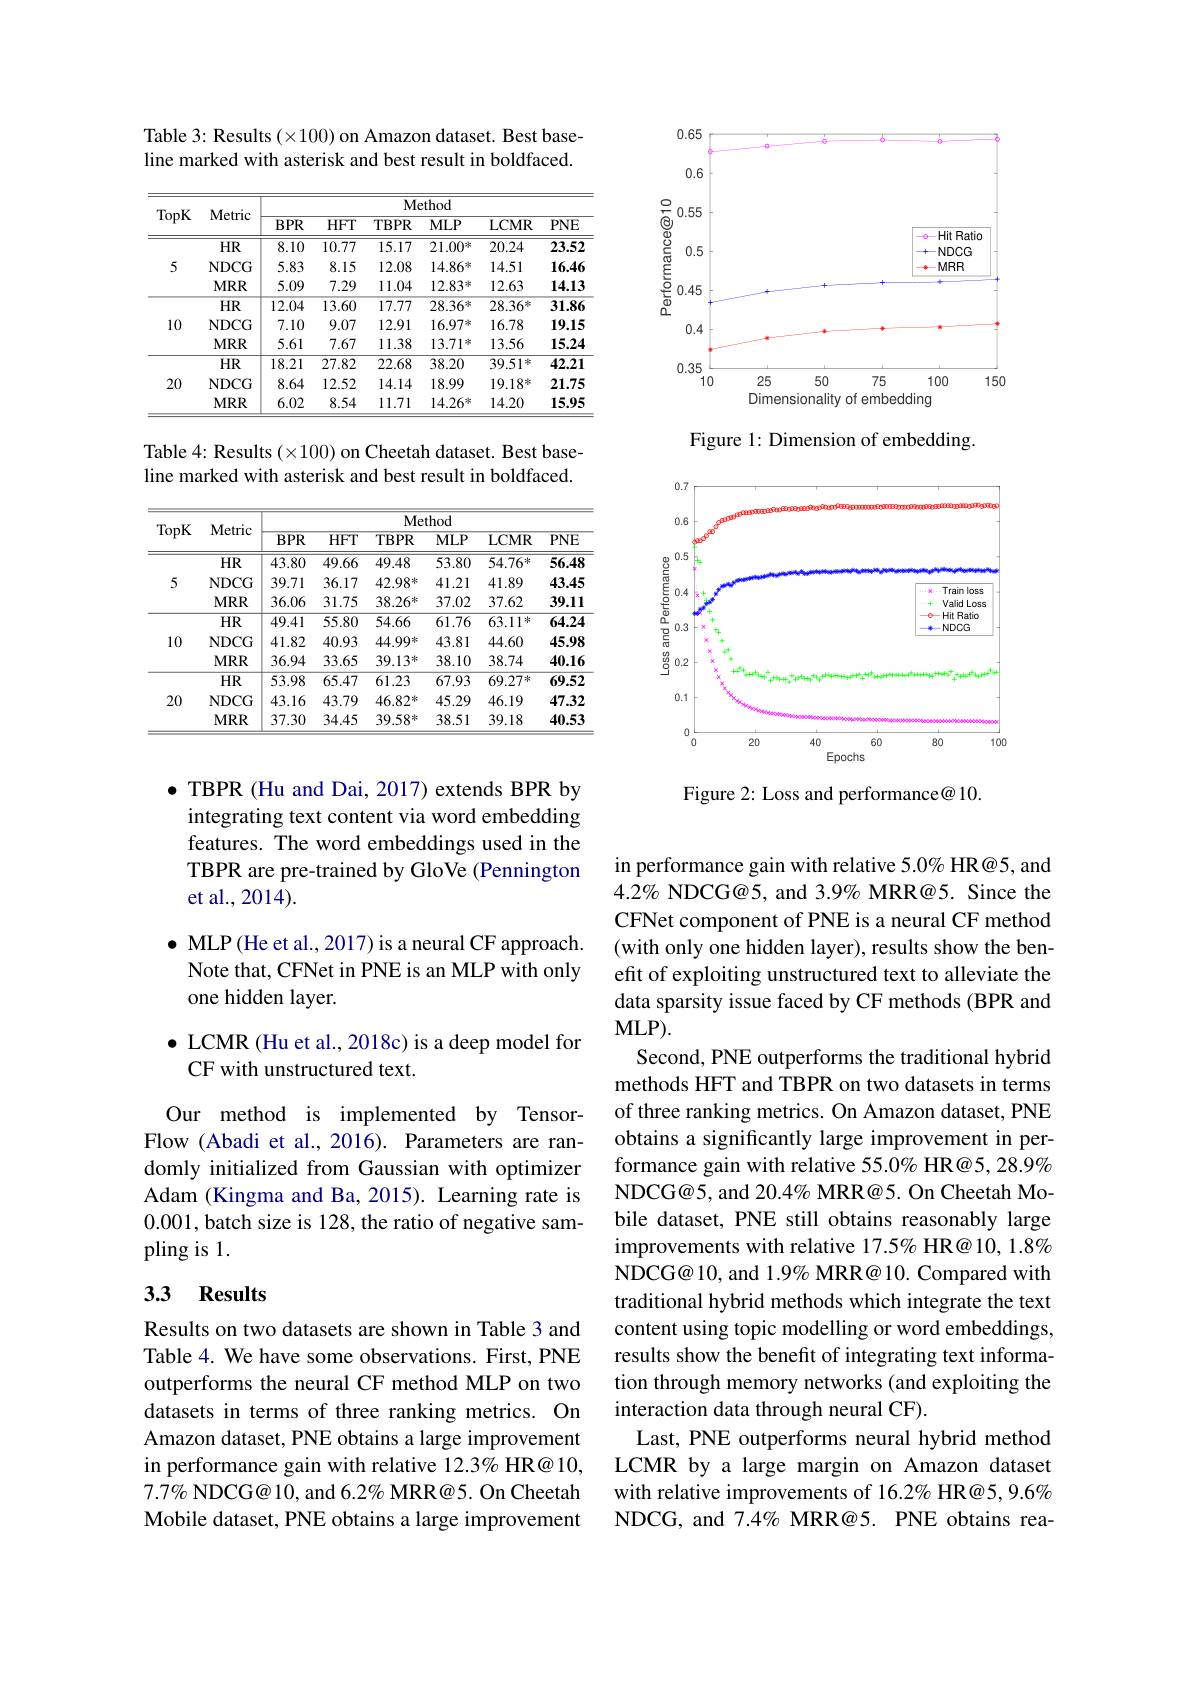
Table 3: Results $(\times100)$ on Amazon dataset. Best baseline marked with asterisk and best result in boldfaced.

<table>
	<tbody>
		<tr>
			<th rowspan="2">TopK</th>
			<th rowspan="2">Metric</th>
			<th colspan="6">Method</th>
		</tr>
		<tr>
			<th>$BPR$</th>
			<th>$HFT$</th>
			<th>TBPR</th>
			<th>$MLP$</th>
			<th>LCMR</th>
			<th>$PNE$</th>
		</tr>
		<tr>
			<td rowspan="3">5</td>
			<td>$HR$</td>
			<td>8.10</td>
			<td>10.77</td>
			<td>15.17</td>
			<td>$21.00^{*}$</td>
			<td>20.24</td>
			<td>23.52</td>
		</tr>
		<tr>
			<td>NDCG</td>
			<td>5.83</td>
			<td>8.15</td>
			<td>12.08</td>
			<td>$14.86^{*}$</td>
			<td>14.51</td>
			<td>16.46</td>
		</tr>
		<tr>
			<td>$MRR$</td>
			<td>5.09</td>
			<td>7.29</td>
			<td>11.04</td>
			<td>$12.83^{*}$</td>
			<td>12.63</td>
			<td>14.13</td>
		</tr>
		<tr>
			<td rowspan="3">10</td>
			<td>$HR$</td>
			<td>12.04</td>
			<td>13.60</td>
			<td>17.77</td>
			<td>$28.36^{*}$</td>
			<td>$28.36^{*}$</td>
			<td>31.86</td>
		</tr>
		<tr>
			<td>NDCG</td>
			<td>7.10</td>
			<td>9.07</td>
			<td>12.91</td>
			<td>16.97米</td>
			<td>16.78</td>
			<td>19.15</td>
		</tr>
		<tr>
			<td>$MRR$</td>
			<td>5.61</td>
			<td>7.67</td>
			<td>11.38</td>
			<td>13.71 沐</td>
			<td>13.56</td>
			<td>15.24</td>
		</tr>
		<tr>
			<td rowspan="3">20</td>
			<td>$HR$</td>
			<td>18.21</td>
			<td>27.82</td>
			<td>22.68</td>
			<td>38.20</td>
			<td>$39.51^{*}$</td>
			<td>42.21</td>
		</tr>
		<tr>
			<td>NDCG</td>
			<td>8.64</td>
			<td>12.52</td>
			<td>14.14</td>
			<td>18.99</td>
			<td>$19.18^{*}$</td>
			<td>21.75</td>
		</tr>
		<tr>
			<td>$MRR$</td>
			<td>6.02</td>
			<td>8.54</td>
			<td>11.71</td>
			<td>$14.26^{*}$</td>
			<td>14.20</td>
			<td>15.95</td>
		</tr>
	</tbody>
</table>

Table 4: Results (×100) on Cheetah dataset. Best baseline marked with asterisk and best result in boldfaced.

<table>
	<tbody>
		<tr>
			<th rowspan="2">TopK</th>
			<th rowspan="2">Metric</th>
			<th colspan="6">Method</th>
		</tr>
		<tr>
			<th>$BPR$</th>
			<th>$HFT$</th>
			<th>$TBPR$</th>
			<th>$\overline{\mathrm{MLP}}$</th>
			<th>$\overline{\mathrm{LCMR}}$</th>
			<th>$PNE$</th>
		</tr>
		<tr>
			<td rowspan="3">5</td>
			<td>$HR$</td>
			<td>43.80</td>
			<td>49.66</td>
			<td>49.48</td>
			<td>53.80</td>
			<td>$54.76^{*}$</td>
			<td>56.48</td>
		</tr>
		<tr>
			<td>NDCG</td>
			<td>39.71</td>
			<td>36.17</td>
			<td>$42.98^{*}$</td>
			<td>41.21</td>
			<td>41.89</td>
			<td>43.45</td>
		</tr>
		<tr>
			<td>$MRR$</td>
			<td>36.06</td>
			<td>31.75</td>
			<td>$38.26^{*}$</td>
			<td>37.02</td>
			<td>37.62</td>
			<td>39.11</td>
		</tr>
		<tr>
			<td rowspan="3">10</td>
			<td>$HR$</td>
			<td>49.41</td>
			<td>55.80</td>
			<td>54.66</td>
			<td>61.76</td>
			<td>63.11*</td>
			<td>64.24</td>
		</tr>
		<tr>
			<td>NDCG</td>
			<td>41.82</td>
			<td>40.93</td>
			<td>44.99*</td>
			<td>43.81</td>
			<td>44.60</td>
			<td>45.98</td>
		</tr>
		<tr>
			<td>$MRR$</td>
			<td>36.94</td>
			<td>33.65</td>
			<td>$39.13^{*}$</td>
			<td>38.10</td>
			<td>38.74</td>
			<td>40.16</td>
		</tr>
		<tr>
			<td rowspan="3">20</td>
			<td>$HR$</td>
			<td>53.98</td>
			<td>65.47</td>
			<td>61.23</td>
			<td>67.93</td>
			<td>$69.27^{*}$</td>
			<td>69.52</td>
		</tr>
		<tr>
			<td>NDCG</td>
			<td>43.16</td>
			<td>43.79</td>
			<td>46.82*</td>
			<td>45.29</td>
			<td>46.19</td>
			<td>47.32</td>
		</tr>
		<tr>
			<td>$MRR$</td>
			<td>37.30</td>
			<td>34.45</td>
			<td>$39.58^{*}$</td>
			<td>38.51</td>
			<td>39.18</td>
			<td>40.53</td>
		</tr>
	</tbody>
</table>

$\bullet$ TBPR (Hu and Dai, 2017) extends BPR by integrating text content via word embedding features. The word embeddings used in the TBPR are pre-trained by GloVe (Pennington et al., 2014).

$\bullet$ MLP(He et al., 2017) is a neural CF approach.
Note that, CFNet in PNE is an MLP with only
one hidden layer.

$\bullet$ LCMR (Hu et al., 2018c) is a deep model for
CF with unstructured text.

Our method is implemented by TensorFlow (Abadi et al., 2016). Parameters are randomly initialized from Gaussian with optimizer Adam (Kingma and Ba, 2015). Learning rate is 0.001, batch size is 128, the ratio of negative sampling is 1.

## 3.3 Results

Results on two datasets are shown in Table 3 and Table 4. We have some observations. First, PNE outperforms the neural CF method MLP on two datasets in terms of three ranking metrics. On Amazon dataset, PNE obtains a large improvement in performance gain with relative 12.3% HR@ 10, 7.7% NDCG@ 10, and 6.2% MRR@5. On Cheetah Mobile dataset, PNE obtains a large improvement

<FigureHere>

Figure 1: Dimension of embedding.

<FigureHere>

Figure 2: Loss and performance@ 10.

in performance gain with relative 5.0% HR@5, and $4.2\%$ NDCG@5, and 3.9% MRR@5. Since the CFNet component of PNE is a neural CF method (with only one hidden layer), results show the benefit of exploiting unstructured text to alleviate the data sparsity issue faced by CF methods (BPR and $MLP).$
Second, PNE outperforms the traditional hybrid methods HFT and TBPR on two datasets in terms of three ranking metrics. On Amazon dataset, PNE obtains a significantly large improvement in performance gain with relative 55.0% HR@5, 28.9% NDCG@5, and 20.4% MRR@5. On Cheetah Mobile dataset, PNE still obtains reasonably large improvements with relative 17.5% HR@ 10, 1.8% NDCG@ 10, and 1.9% MRR@ 10. Compared with traditional hybrid methods which integrate the text content using topic modelling or word embeddings, results show the benefit of integrating text information through memory networks (and exploiting the interaction data through neural CF).
Last, PNE outperforms neural hybrid method LCMR by a large margin on Amazon dataset with relative improvements of 16.2% HR@5,9.6% NDCG, and 7.4% MRR@5. PNE obtains rea-